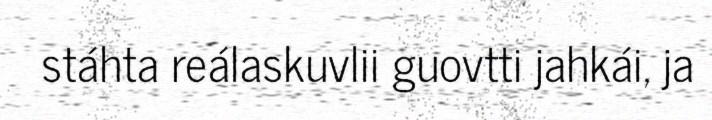
stáhta reálaskuvlii guovtti jahkái, ja